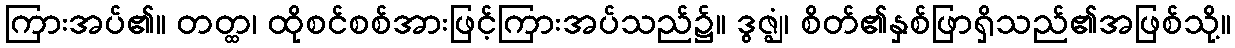
ကြားအပ်၏။ တတ္ထ၊ ထိုစင်စစ်အားဖြင့်ကြားအပ်သည်၌။ ဒွဇ္ဈံ၊ စိတ်၏နှစ်ဖြာရှိသည်၏အဖြစ်သို့။